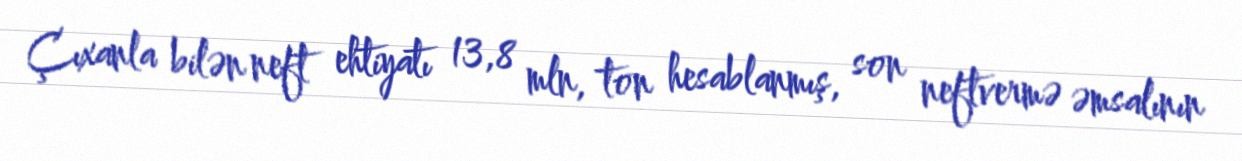
Çıxanla bilən neft ehtiyatı 13,8 mln, ton hesablanmış, son neftvermə əmsalının